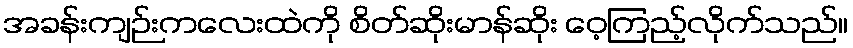
အခန်းကျဉ်းကလေးထဲကို စိတ်ဆိုးမာန်ဆိုး ဝေ့ကြည့်လိုက်သည်။